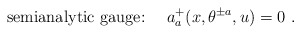
\begin{align*}\mbox{semianalytic gauge:} \ \ \ \ a^+_a (x, \theta^{\pm a}, u) = 0 \ .\end{align*}